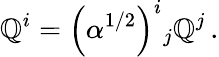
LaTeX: \mathbb{Q}^{i}=\left(\alpha^{1/2}\right)^{i}{}_{j}\mathbb{Q}^{j}\, .